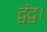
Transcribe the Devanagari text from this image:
द्वंद्व।